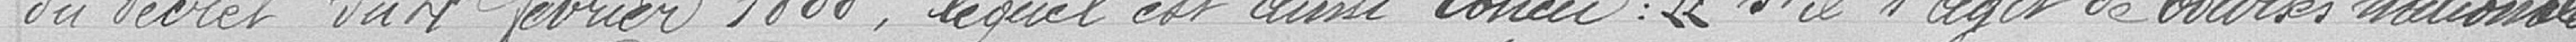
du décret du 4 février 1888, lequel est ainsi conçu : "S'il s'agit de bourses nationales,